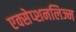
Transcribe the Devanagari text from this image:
एक्सेप्शनलिज्म